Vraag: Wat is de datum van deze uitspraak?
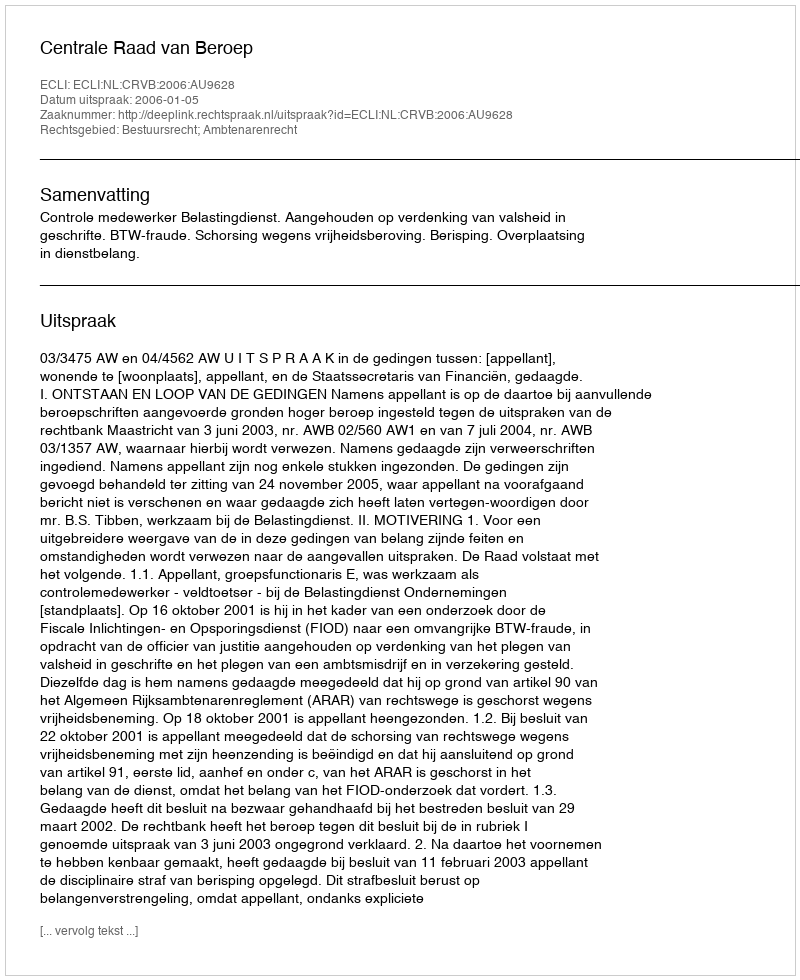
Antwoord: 2006-01-05